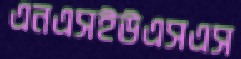
এনএসইউএসএস